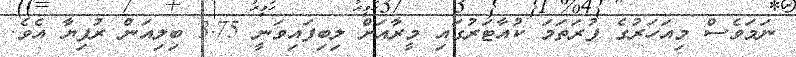
ނަމަވެސް މިއަހަރުގެ ފުރަތަމަ ކުއާޓަރުގައި މީރާއަށް ލިބިފައިވަނީ 3.75 ބިލިއަން ރުފިޔާ އެވެ.